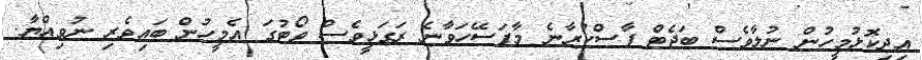
އިދިކޮޅުމީހުން ނުލާވެސް ބަޖެޓް ފާސްކުރާނެ މާފަސޭހަވާނެ ރަގަޅީވެސް ވޯޓުގަ އެމީހުން ބައިވެރި ނުވިއްޔާ.